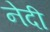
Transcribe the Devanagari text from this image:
नेदी